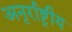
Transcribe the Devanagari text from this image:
अनृर्राष्ट्रीय